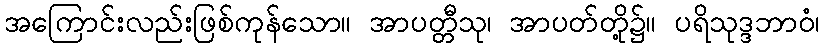
အကြောင်းလည်းဖြစ်ကုန်သော။ အာပတ္တီသု၊ အာပတ်တို့၌။ ပရိသုဒ္ဒဘာဝံ၊